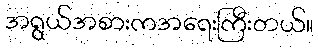
အရွယ်အစားကအရေးကြီးတယ်။